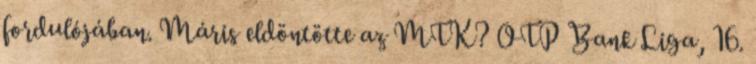
fordulójában. Máris eldöntötte az MTK? OTP Bank Liga, 16.